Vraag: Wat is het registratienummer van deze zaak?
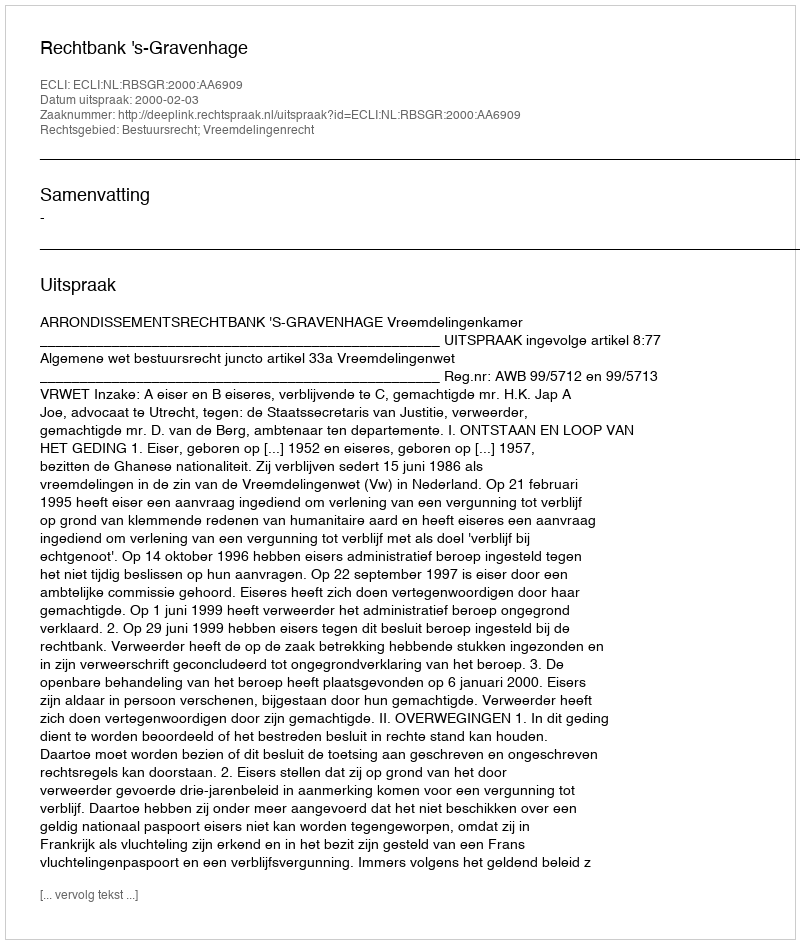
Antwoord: http://deeplink.rechtspraak.nl/uitspraak?id=ECLI:NL:RBSGR:2000:AA6909